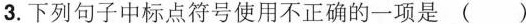
3.下列句子中标点符号使用不正确的一项是( )